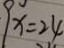
9 x = 2 4